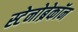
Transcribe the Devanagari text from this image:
स्टेनोब्रेकॉन